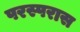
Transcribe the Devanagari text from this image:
परस्परास